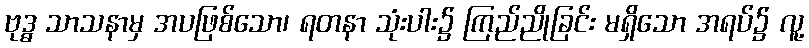
ဗုဒ္ဓ သာသနာမှ အပဖြစ်သော၊ ရတနာ သုံးပါး၌ ကြည်ညိုခြင်း မရှိသော အရပ်၌ လူ့